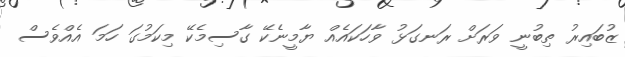
ޒުބައިރު ތިބުނީ ވަރަށް ރަނގަޅު ވާހަކައެއް ޔާމީނެކޭ ގާސިމެކޭ މިކަމުގަ ހަމަ އެއްވެސް